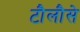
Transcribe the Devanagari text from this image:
टौलौसे